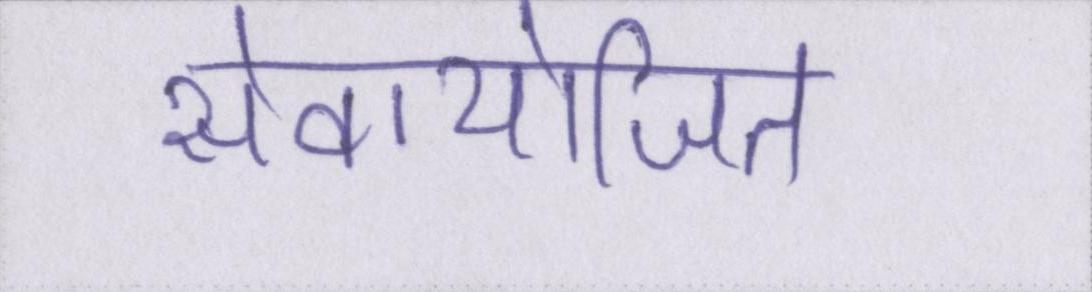
सेवायोजित